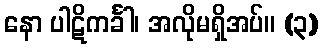
နော ပါဋိကင်္ခါ၊ အလိုမရှိအပ်။ (၃)